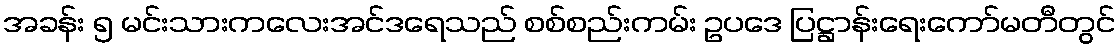
အခန်း ၅ မင်းသားကလေးအင်ဒရေသည် စစ်စည်းကမ်း ဥပဒေ ပြဋ္ဌာန်းရေးကော်မတီတွင်